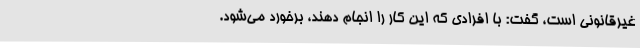
غیرقانونی است، گفت: با افرادی که این کار را انجام دهند، برخورد می‌شود.